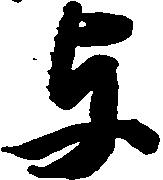
与